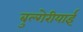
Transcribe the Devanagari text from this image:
बुल्गेरीयाई